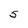
Character: 5